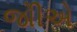
જોીએ